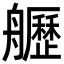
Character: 𦪾